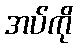
အပ်ကို